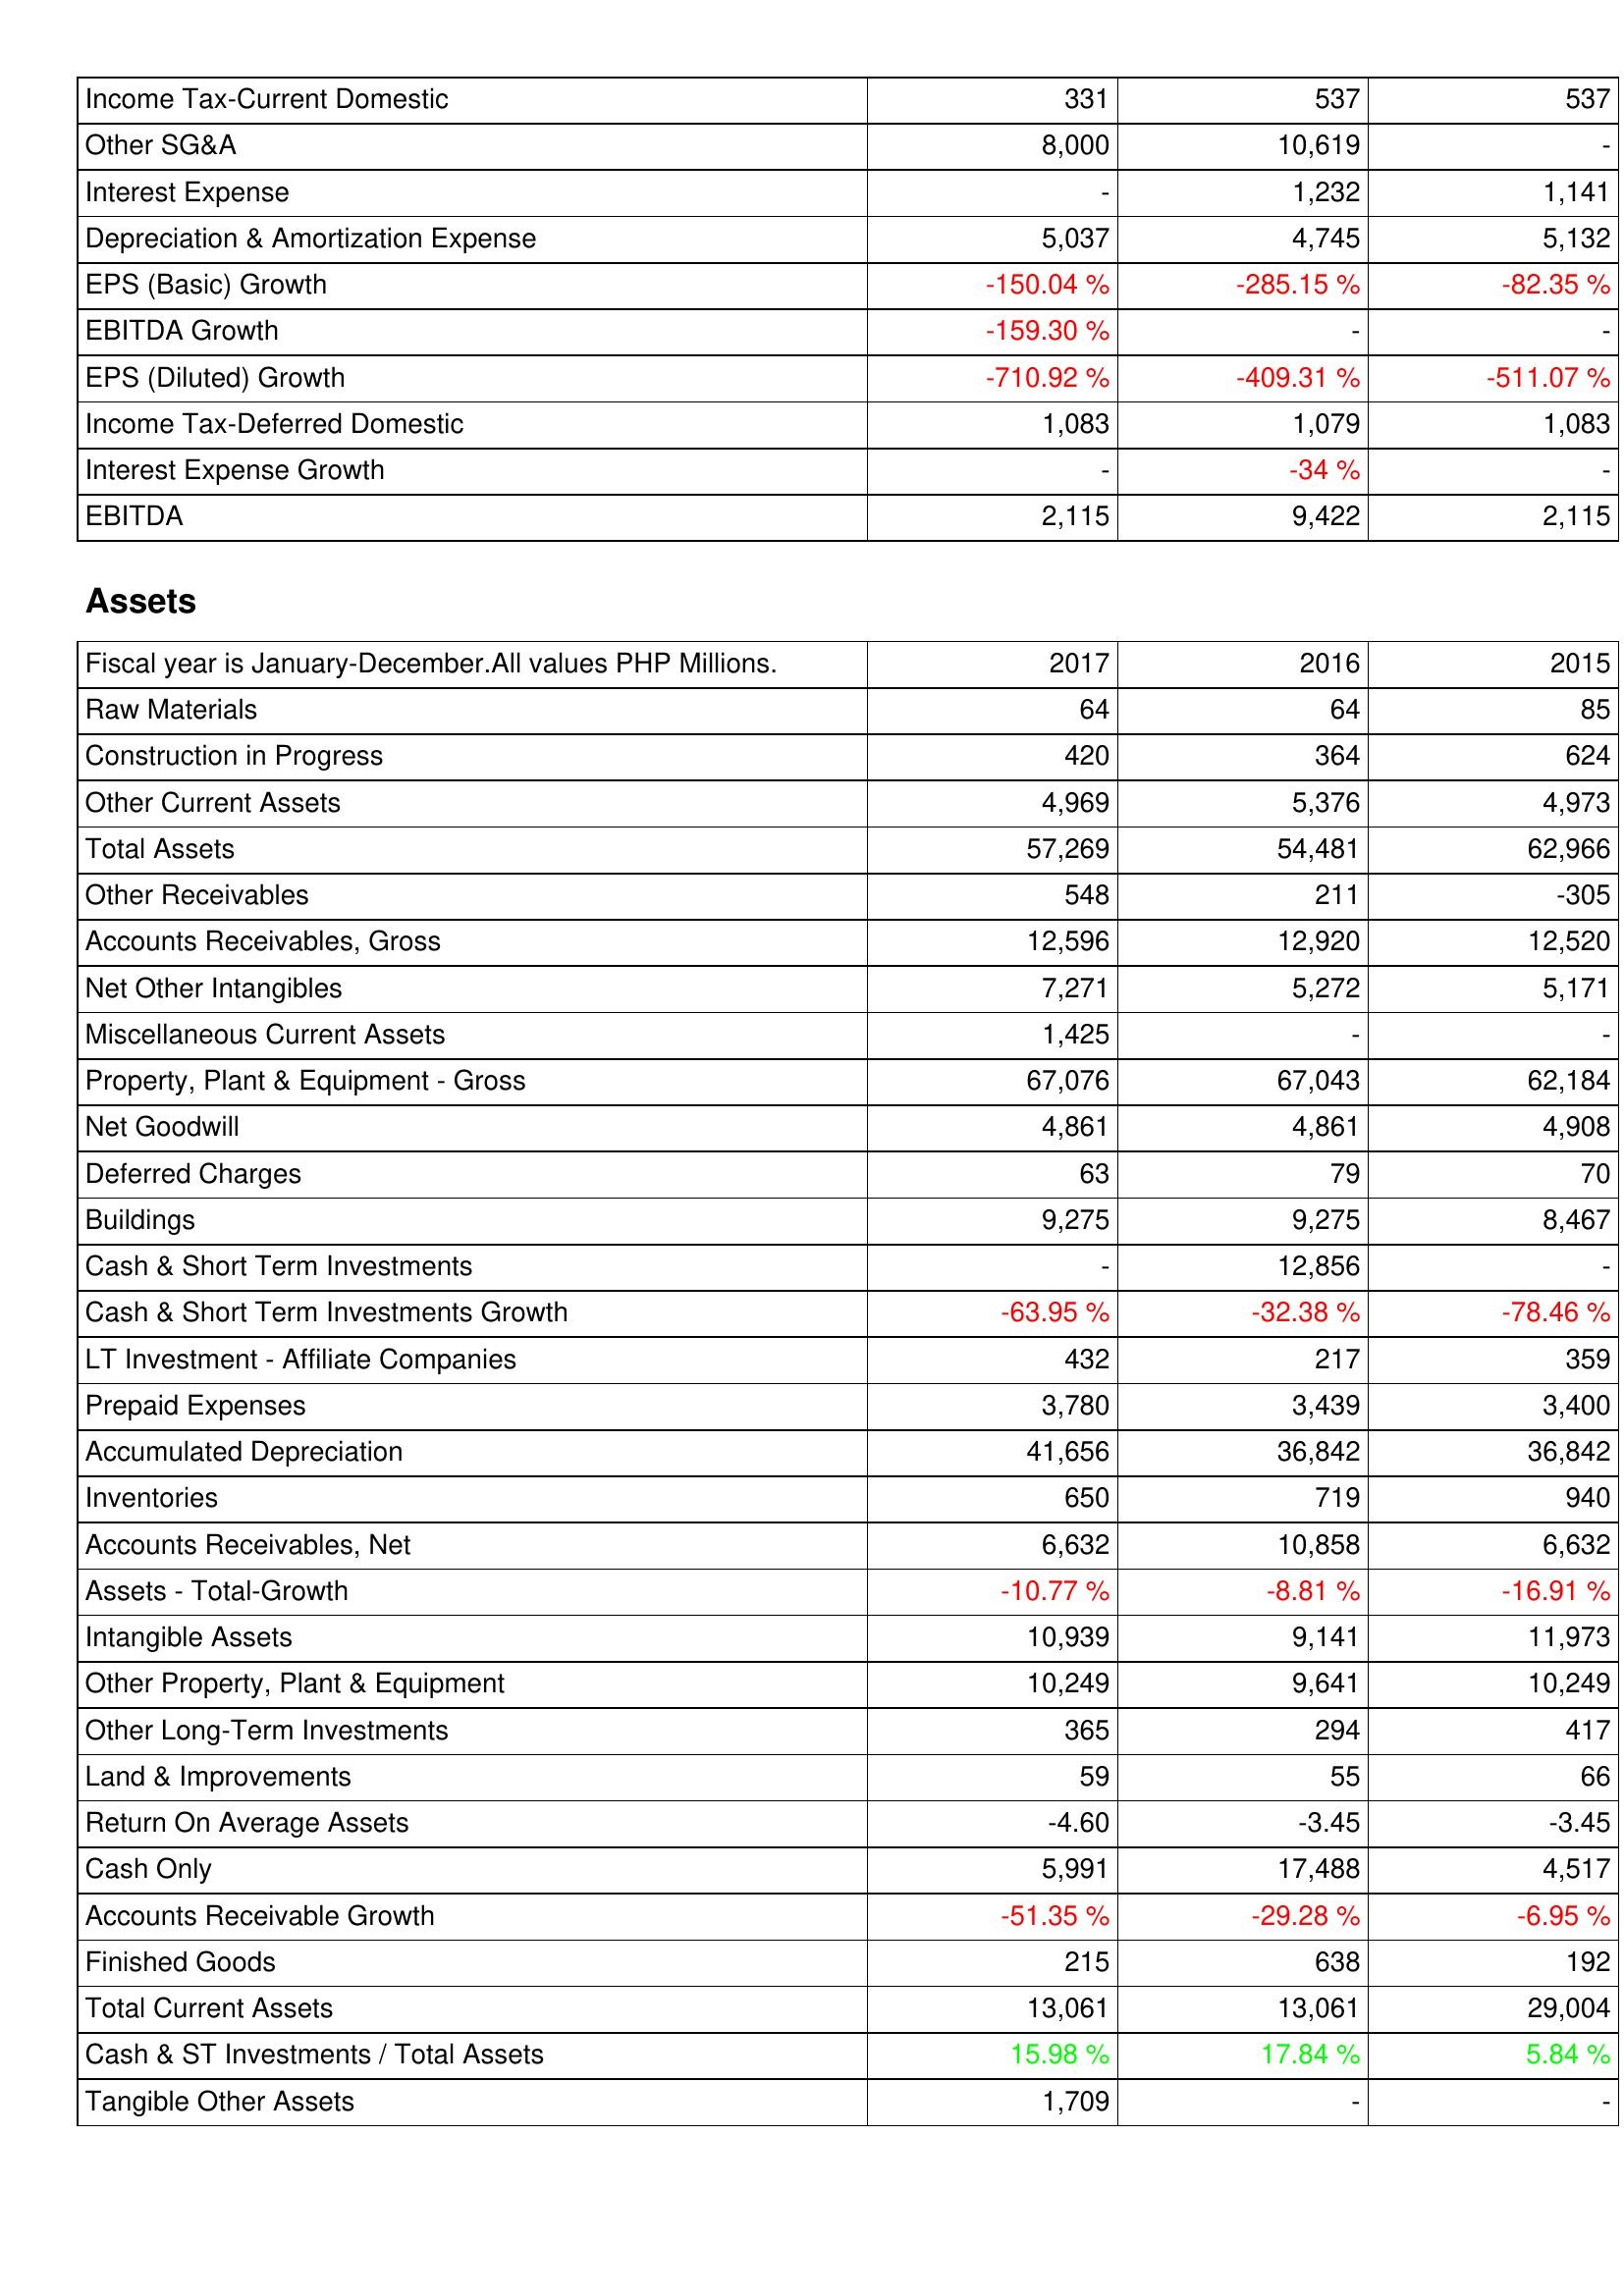
2017: Income Statement: Income Tax-Current Domestic: 331
Other SG&A: 8,000
Interest Expense: -
Depreciation & Amortization Expense: 5,037
EPS (Basic) Growth: -150.04 %
EBITDA Growth: -159.30 %
EPS (Diluted) Growth: -710.92 %
Income Tax-Deferred Domestic: 1,083
Interest Expense Growth: -
EBITDA: 2,115
Assets: Raw Materials: 64
Construction in Progress: 420
Other Current Assets: 4,969
Total Assets: 57,269
Other Receivables: 548
Accounts Receivables, Gross: 12,596
Net Other Intangibles: 7,271
Miscellaneous Current Assets: 1,425
Property, Plant & Equipment - Gross: 67,076
Net Goodwill: 4,861
Deferred Charges: 63
Buildings: 9,275
Cash & Short Term Investments: -
Cash & Short Term Investments Growth: -63.95 %
LT Investment - Affiliate Companies: 432
Prepaid Expenses: 3,780
Accumulated Depreciation: 41,656
Inventories: 650
Accounts Receivables, Net: 6,632
Assets - Total-Growth: -10.77 %
Intangible Assets: 10,939
Other Property, Plant & Equipment: 10,249
Other Long-Term Investments: 365
Land & Improvements: 59
Return On Average Assets: -4.60
Cash Only: 5,991
Accounts Receivable Growth: -51.35 %
Finished Goods: 215
Total Current Assets: 13,061
Cash & ST Investments / Total Assets: 15.98 %
Tangible Other Assets: 1,709
2016: Income Statement: Income Tax-Current Domestic: 537
Other SG&A: 10,619
Interest Expense: 1,232
Depreciation & Amortization Expense: 4,745
EPS (Basic) Growth: -285.15 %
EBITDA Growth: -
EPS (Diluted) Growth: -409.31 %
Income Tax-Deferred Domestic: 1,079
Interest Expense Growth: -34 %
EBITDA: 9,422
Assets: Raw Materials: 64
Construction in Progress: 364
Other Current Assets: 5,376
Total Assets: 54,481
Other Receivables: 211
Accounts Receivables, Gross: 12,920
Net Other Intangibles: 5,272
Miscellaneous Current Assets: -
Property, Plant & Equipment - Gross: 67,043
Net Goodwill: 4,861
Deferred Charges: 79
Buildings: 9,275
Cash & Short Term Investments: 12,856
Cash & Short Term Investments Growth: -32.38 %
LT Investment - Affiliate Companies: 217
Prepaid Expenses: 3,439
Accumulated Depreciation: 36,842
Inventories: 719
Accounts Receivables, Net: 10,858
Assets - Total-Growth: -8.81 %
Intangible Assets: 9,141
Other Property, Plant & Equipment: 9,641
Other Long-Term Investments: 294
Land & Improvements: 55
Return On Average Assets: -3.45
Cash Only: 17,488
Accounts Receivable Growth: -29.28 %
Finished Goods: 638
Total Current Assets: 13,061
Cash & ST Investments / Total Assets: 17.84 %
Tangible Other Assets: -
2015: Income Statement: Income Tax-Current Domestic: 537
Other SG&A: -
Interest Expense: 1,141
Depreciation & Amortization Expense: 5,132
EPS (Basic) Growth: -82.35 %
EBITDA Growth: -
EPS (Diluted) Growth: -511.07 %
Income Tax-Deferred Domestic: 1,083
Interest Expense Growth: -
EBITDA: 2,115
Assets: Raw Materials: 85
Construction in Progress: 624
Other Current Assets: 4,973
Total Assets: 62,966
Other Receivables: -305
Accounts Receivables, Gross: 12,520
Net Other Intangibles: 5,171
Miscellaneous Current Assets: -
Property, Plant & Equipment - Gross: 62,184
Net Goodwill: 4,908
Deferred Charges: 70
Buildings: 8,467
Cash & Short Term Investments: -
Cash & Short Term Investments Growth: -78.46 %
LT Investment - Affiliate Companies: 359
Prepaid Expenses: 3,400
Accumulated Depreciation: 36,842
Inventories: 940
Accounts Receivables, Net: 6,632
Assets - Total-Growth: -16.91 %
Intangible Assets: 11,973
Other Property, Plant & Equipment: 10,249
Other Long-Term Investments: 417
Land & Improvements: 66
Return On Average Assets: -3.45
Cash Only: 4,517
Accounts Receivable Growth: -6.95 %
Finished Goods: 192
Total Current Assets: 29,004
Cash & ST Investments / Total Assets: 5.84 %
Tangible Other Assets: -